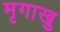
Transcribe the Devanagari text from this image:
मृगाखु